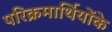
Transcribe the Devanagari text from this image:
परिक्रमार्थियोंके